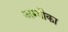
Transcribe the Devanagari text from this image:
अम्वीका